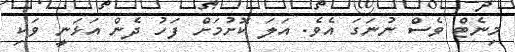
މިނެޓް ވެސް ނުނަގަ އެވެ. އަލަ ކޮށުމަށް ފަހު ދެން އަޅަނީ ވަކި